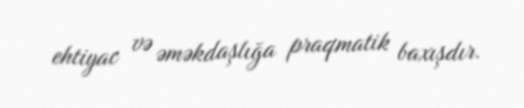
ehtiyac və əməkdaşlığa praqmatik baxışdır.